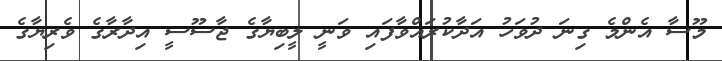
މޫސާ އެންމެ ގިނަ ދުވަހު އަދާކުރައްވާފައި ވަނީ ލީބިޔާގެ ޖާސޫސީ އިދާރާގެ ވެރިޔާގެ